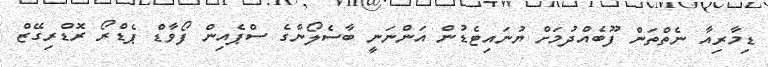
ޑިމާރިއާ ނެތްތަން ފޫބެއްދުމަށް ޔުނައިޓެޑުން އަންނަނީ ބާސެލޯނާގެ ސްޕެއިން ފޯވާޑް ޕެޑްރޯ ރޮޑްރިގޭޒް